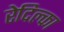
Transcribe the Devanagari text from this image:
रेदिल्का